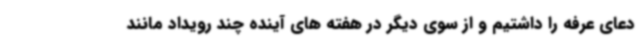
دعای عرفه را داشتیم و از سوی دیگر در هفته های آینده چند رویداد مانند